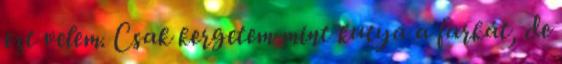
ezt velem. Csak kergetem mint kutya a farkát, de